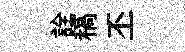
詮稿丕